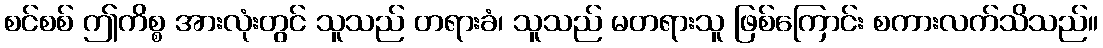
စင်စစ် ဤကိစ္စ အားလုံးတွင် သူသည် တရားခံ၊ သူသည် မတရားသူ ဖြစ်ကြောင်း စကားလက်သိသည်။